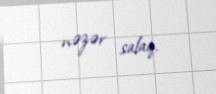
nəzər salaq.